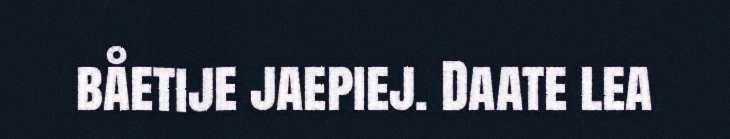
båetije jaepiej. Daate lea